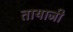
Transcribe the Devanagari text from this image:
तायाजी